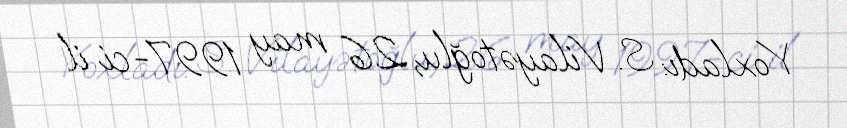
Yoxladı: S. Vilayətoğlu, 26 may 1997-ci il